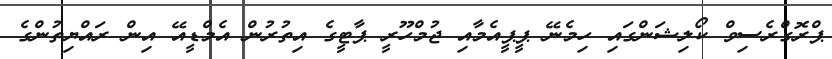
ޕްރޮގްރެސިވް ކޯލިޝަންގައި ހިމެނޭ ޕީޕީއެމާއި ޖުމްހޫރީ ޕާޓީގެ އިތުރުން އެމްޑީއޭ އިން ރައްޔިތުންގެ